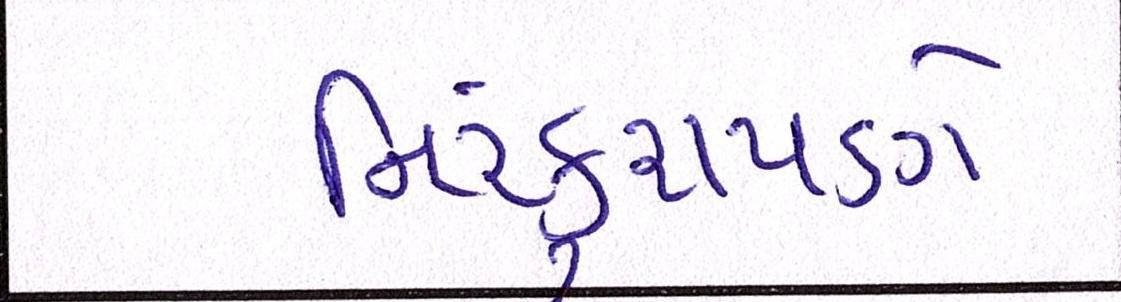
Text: નિરંકુશપણે